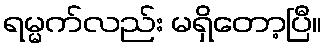
ရမ္မက်လည်း မရှိတော့ပြီ။